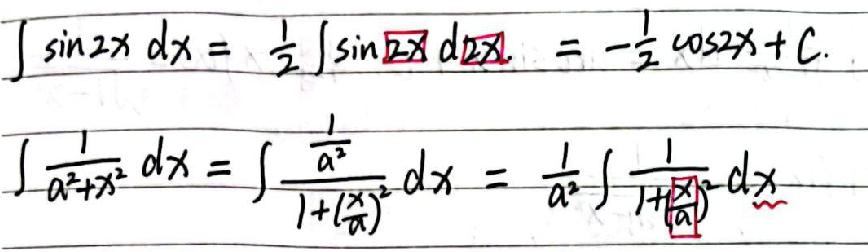
\begin{align*}
\int\sin2x\mathrm{d}x&=\frac{1}{2}\int\sin2x\mathrm{d}(2x)=-\frac{1}{2}\cos2x + C\\
\int\frac{1}{a^{2}+x^{2}}\mathrm{d}x&=\int\frac{\frac{1}{a^{2}}}{1 + (\frac{x}{a})^{2}}\mathrm{d}x=\frac{1}{a^{2}}\int\frac{1}{1+(\frac{x}{a})^{2}}\mathrm{d}x
\end{align*}